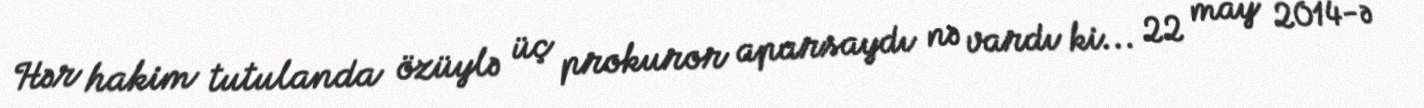
Hər hakim tutulanda özüylə üç prokuror aparsaydı nə vardı ki... 22 may 2014-ə